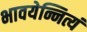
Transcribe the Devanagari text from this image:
भावयेन्नित्यं